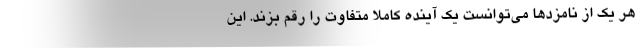
هر یک از نامزدها می‌توانست یک آینده کاملاً متفاوت را رقم بزند. این